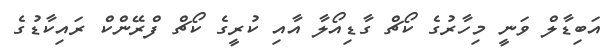
އަބިޑާލް ވަނީ މިހާރުގެ ކޯޗް ގާޑިއޯލާ އާއި ކުރީގެ ކޯޗް ފްރޭންކް ރައިކާޑުގެ